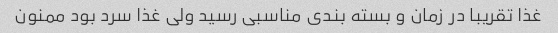
غذا تقریبا در زمان و بسته بندی مناسبی رسید ولی غذا سرد بود ممنون